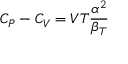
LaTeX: C _ { P } - C _ { V } = V T { \frac { \alpha ^ { 2 } } { \beta _ { T } } }